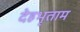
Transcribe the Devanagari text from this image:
देहभृताम